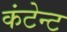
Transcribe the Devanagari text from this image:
कंटेन्ट